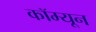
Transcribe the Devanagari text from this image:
कॉम्यून